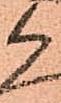
候